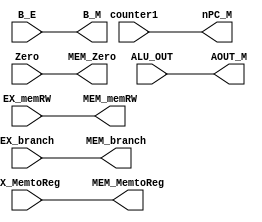
module EX_MEM (counter1, Zero, ALU_OUT, B_E, EX_branch, EX_memRW, EX_MemtoReg,
nPC_M, MEM_Zero, AOUT_M, B_M, MEM_branch, MEM_memRW, MEM_MemtoReg);

    input [31:0] counter1;
    input Zero;
    input [31:0] ALU_OUT;
    input [31:0] B_E;
    input EX_branch;
    input EX_memRW;
    input EX_MemtoReg;

    output reg [31:0] nPC_M;
    output reg MEM_Zero;
    output reg [31:0] AOUT_M;
    output reg [31:0] B_M;
    output reg MEM_branch;
    output reg MEM_memRW;
    output reg MEM_MemtoReg;

    always @(*) begin
        nPC_M <= counter1;
        MEM_Zero <= Zero;
        AOUT_M <= ALU_OUT;
        B_M <= B_E;
        MEM_branch <= EX_branch;
        MEM_memRW <= EX_memRW;
        MEM_MemtoReg <= EX_MemtoReg;
    end


endmodule